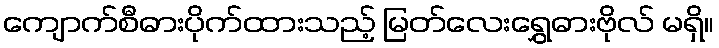
ကျောက်စီဓားပိုက်ထားသည့် မြတ်လေးရွှေဓားဗိုလ် မရှိ။